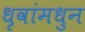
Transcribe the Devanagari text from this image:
धृवांमधुन